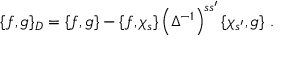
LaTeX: \{ f , g \} _ { D } = \{ f , g \} - \{ f , \chi _ { s } \} \left( \Delta ^ { - 1 } \right) ^ { s s ^ { \prime } } \{ \chi _ { s ^ { \prime } } , g \} \ .